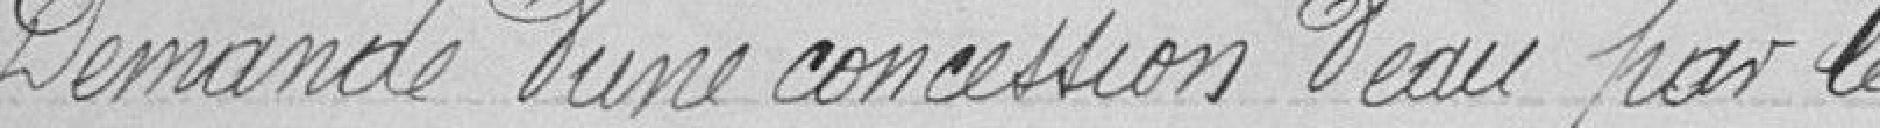
Demande d'une concession d'eau par le